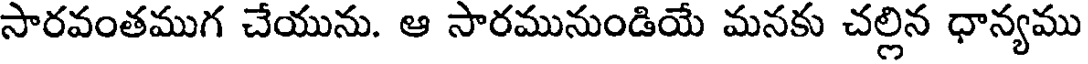
సారవంతముగ చేయును. ఆ సారమునుండియే మనకు చల్లిన ధాన్యము